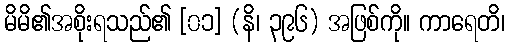
မိမိ၏အစိုးရသည်၏ [၀၁] (နိ၊ ၃၉၆) အဖြစ်ကို။ ကာရေတိ၊